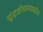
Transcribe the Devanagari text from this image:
युद्धक्षेत्राजवळील